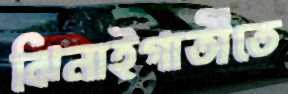
ঝিনাইগাতীতে